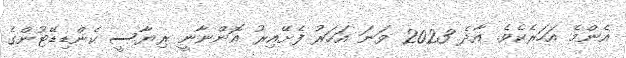
އެންމެ އަހަރެކެވެ. އާދެ 2023 ވަނަ އަހަރު ފެށޭއިރު އޮންނާނީ ރިޔާސީ ކެންޑިޑޭޓުންގެ